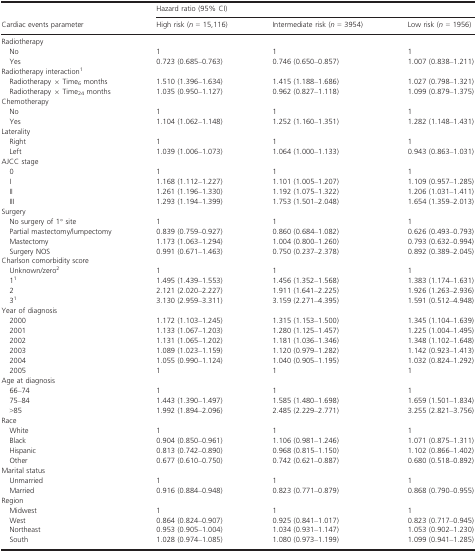
<table><thead><tr><td></td><td colspan="3"><b>Hazard ratio (95% CI)</b></td></tr><tr><td><b>Cardiac events parameter</b></td><td><b>High risk (<i>n</i> = 15,116)</b></td><td><b>Intermediate risk (<i>n</i> = 3954)</b></td><td><b>Low risk (<i>n</i> = 1956)</b></td></tr></thead><tbody><tr><td colspan="4">Radiotherapy</td></tr><tr><td> No</td><td>1</td><td>1</td><td>1</td></tr><tr><td> Yes</td><td>0.723 (0.685–0.763)</td><td>0.746 (0.650–0.857)</td><td>1.007 (0.838–1.211)</td></tr><tr><td colspan="4">Radiotherapy interaction1</td></tr><tr><td> Radiotherapy × Time<sub>6</sub> months</td><td>1.510 (1.396–1.634)</td><td>1.415 (1.188–1.686)</td><td>1.027 (0.798–1.321)</td></tr><tr><td> Radiotherapy × Time<sub>24</sub> months</td><td>1.035 (0.950–1.127)</td><td>0.962 (0.827–1.118)</td><td>1.099 (0.879–1.375)</td></tr><tr><td colspan="4">Chemotherapy</td></tr><tr><td> No</td><td>1</td><td>1</td><td>1</td></tr><tr><td> Yes</td><td>1.104 (1.062–1.148)</td><td>1.252 (1.160–1.351)</td><td>1.282 (1.148–1.431)</td></tr><tr><td colspan="4">Laterality</td></tr><tr><td> Right</td><td>1</td><td>1</td><td>1</td></tr><tr><td> Left</td><td>1.039 (1.006–1.073)</td><td>1.064 (1.000–1.133)</td><td>0.943 (0.863–1.031)</td></tr><tr><td colspan="4">AJCC stage</td></tr><tr><td> 0</td><td>1</td><td>1</td><td>1</td></tr><tr><td> I</td><td>1.168 (1.112–1.227)</td><td>1.101 (1.005–1.207)</td><td>1.109 (0.957–1.285)</td></tr><tr><td> II</td><td>1.261 (1.196–1.330)</td><td>1.192 (1.075–1.322)</td><td>1.206 (1.031–1.411)</td></tr><tr><td> III</td><td>1.293 (1.194–1.399)</td><td>1.753 (1.501–2.048)</td><td>1.654 (1.359–2.013)</td></tr><tr><td colspan="4">Surgery</td></tr><tr><td> No surgery of 1° site</td><td>1</td><td>1</td><td>1</td></tr><tr><td> Partial mastectomy/lumpectomy</td><td>0.839 (0.759–0.927)</td><td>0.860 (0.684–1.082)</td><td>0.626 (0.493–0.793)</td></tr><tr><td> Mastectomy</td><td>1.173 (1.063–1.294)</td><td>1.004 (0.800–1.260)</td><td>0.793 (0.632–0.994)</td></tr><tr><td> Surgery NOS</td><td>0.991 (0.671–1.463)</td><td>0.750 (0.237–2.378)</td><td>0.892 (0.389–2.045)</td></tr><tr><td colspan="4">Charlson comorbidity score</td></tr><tr><td> Unknown/zero2</td><td>1</td><td>1</td><td>1</td></tr><tr><td> 11</td><td>1.495 (1.439–1.553)</td><td>1.456 (1.352–1.568)</td><td>1.383 (1.174–1.631)</td></tr><tr><td> 2</td><td>2.121 (2.020–2.227)</td><td>1.911 (1.641–2.225)</td><td>1.926 (1.263–2.936)</td></tr><tr><td> 31</td><td>3.130 (2.959–3.311)</td><td>3.159 (2.271–4.395)</td><td>1.591 (0.512–4.948)</td></tr><tr><td colspan="4">Year of diagnosis</td></tr><tr><td> 2000</td><td>1.172 (1.103–1.245)</td><td>1.315 (1.153–1.500)</td><td>1.345 (1.104–1.639)</td></tr><tr><td> 2001</td><td>1.133 (1.067–1.203)</td><td>1.280 (1.125–1.457)</td><td>1.225 (1.004–1.495)</td></tr><tr><td> 2002</td><td>1.131 (1.065–1.202)</td><td>1.181 (1.036–1.346)</td><td>1.348 (1.102–1.648)</td></tr><tr><td> 2003</td><td>1.089 (1.023–1.159)</td><td>1.120 (0.979–1.282)</td><td>1.142 (0.923–1.413)</td></tr><tr><td> 2004</td><td>1.055 (0.990–1.124)</td><td>1.040 (0.905–1.195)</td><td>1.032 (0.824–1.292)</td></tr><tr><td> 2005</td><td>1</td><td>1</td><td>1</td></tr><tr><td colspan="4">Age at diagnosis</td></tr><tr><td> 66–74</td><td>1</td><td>1</td><td>1</td></tr><tr><td> 75–84</td><td>1.443 (1.390–1.497)</td><td>1.585 (1.480–1.698)</td><td>1.659 (1.501–1.834)</td></tr><tr><td> &gt;85</td><td>1.992 (1.894–2.096)</td><td>2.485 (2.229–2.771)</td><td>3.255 (2.821–3.756)</td></tr><tr><td colspan="4">Race</td></tr><tr><td> White</td><td>1</td><td>1</td><td>1</td></tr><tr><td> Black</td><td>0.904 (0.850–0.961)</td><td>1.106 (0.981–1.246)</td><td>1.071 (0.875–1.311)</td></tr><tr><td> Hispanic</td><td>0.813 (0.742–0.890)</td><td>0.968 (0.815–1.150)</td><td>1.102 (0.866–1.402)</td></tr><tr><td> Other</td><td>0.677 (0.610–0.750)</td><td>0.742 (0.621–0.887)</td><td>0.680 (0.518–0.892)</td></tr><tr><td colspan="4">Marital status</td></tr><tr><td> Unmarried</td><td>1</td><td>1</td><td>1</td></tr><tr><td> Married</td><td>0.916 (0.884–0.948)</td><td>0.823 (0.771–0.879)</td><td>0.868 (0.790–0.955)</td></tr><tr><td colspan="4">Region</td></tr><tr><td> Midwest</td><td>1</td><td>1</td><td>1</td></tr><tr><td> West</td><td>0.864 (0.824–0.907)</td><td>0.925 (0.841–1.017)</td><td>0.823 (0.717–0.945)</td></tr><tr><td> Northeast</td><td>0.953 (0.905–1.004)</td><td>1.034 (0.931–1.147)</td><td>1.053 (0.902–1.230)</td></tr><tr><td> South</td><td>1.028 (0.974–1.085)</td><td>1.080 (0.973–1.199)</td><td>1.099 (0.941–1.285)</td></tr></tbody></table>